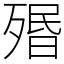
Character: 㱪